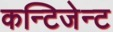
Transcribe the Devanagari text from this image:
कन्टिजेन्ट